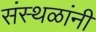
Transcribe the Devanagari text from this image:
संस्थळांनी